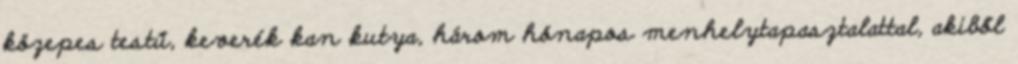
közepes testű, keverék kan kutya, három hónapos menhelytapasztalattal, akiből